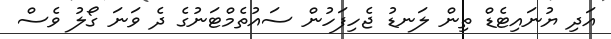
އަދި ޔުނައިޓެޑް ތިން ލަނޑު ޖެހިފަހުން ސައުތެމްޓަނުގެ ދެ ވަނަ ގޯލު ވެސް